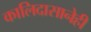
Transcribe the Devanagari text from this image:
कालिदासानेही